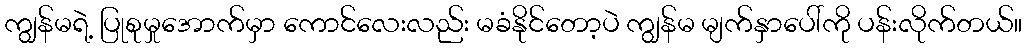
ကျွန်မရဲ့ ပြုစုမှုအောက်မှာ ကောင်လေးလည်း မခံနိုင်တော့ပဲ ကျွန်မ မျက်နှာပေါ်ကို ပန်းလိုက်တယ်။